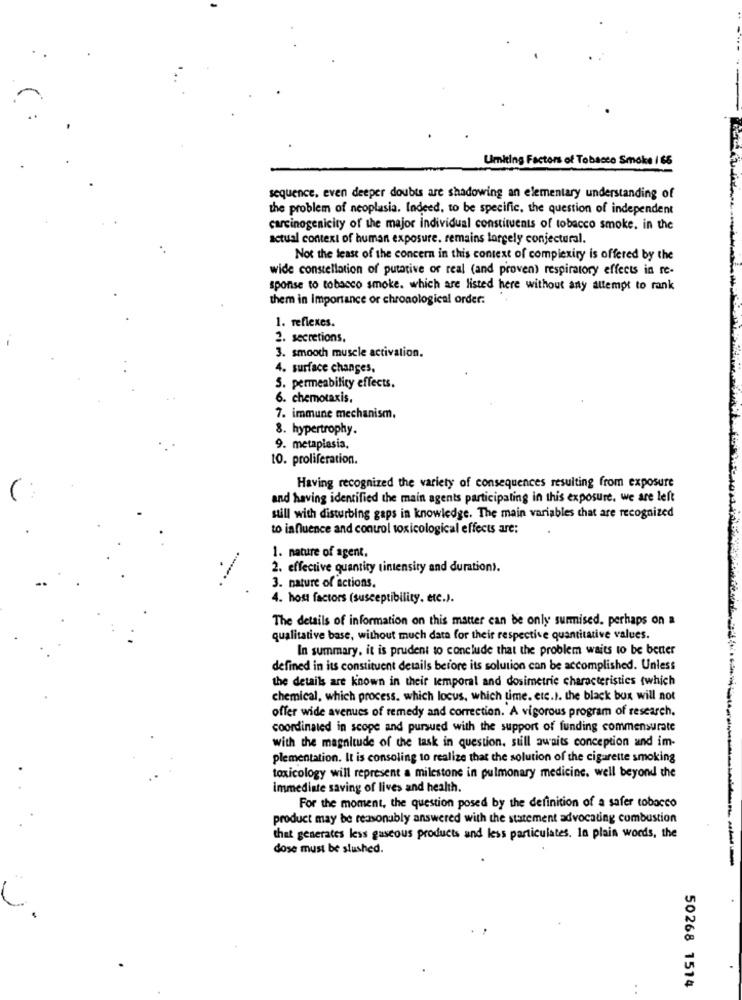
Umiting Factors of Tobacco Smoke / 65
sequence, even deeper doubts are shadowing an elementary understanding of
the problem of neoplasia. Indeed, to be specific, the question of independent
carcinogenicity of the major individual constituents of tobacco smoke. in the
actual context of human exposure. remains largely conjectural.
Not the least of the concern in this context of complexity is offered by the
wide constellation of putative or real (and proven) respiratory effects in re-
sponise to tobacco smoke. which are listed here without any attempt to rank
them in Importance or chronological order.
1. reflexes.
2. secretions.
3. smooth muscle activation.
4. surface changes,
5. permeability effects.
6. chemotaxis.
7. immune mechanism,
8. hypertrophy.
9. metaplasia.
to. proliferation.
Having recognized the variety of consequences resulting from exposure
and having identified the main agents participating in this exposure. we are left
still with disturbing gaps in knowledge. The main variables that are recognized
to influence and control toxicological effects are:
1. nature of agent.
2. effective quantity tintensity and durations.
3. nature of actions.
4. host factors (susceptibility. etc.).
The details of information on this matter can be only surmised. perhaps on a
qualitative base, without much data for their respective quantitative values.
In summary, it is prudent to conclude that the problem waits to be better
defined in its constituent details before its solution can be accomplished. Unless
the details are known in their temporal and dosimetrie characteristics (which
chemical, which process. which locus, which time. etc.). the black box will not
offer wide avenues of remedy and correction. A vigorous program of research.
coordinated in scope and pursued with the support of funding commensurate
with the magnitude of the task in question. still awaits conception and im-
plementation. It is consoling to realize that the solution of the cigarette smoking
toxicology will represent a milestone in pulmonary medicine. well beyond the
immediate saving of lives and health.
For the moment, the question posed by the definition of a safer tobacco
product may be reasonably answered with the statement advocating combustion
that generates less gaseous products and less particulates. In plain words, the
dose must be slushed.
50268 1514